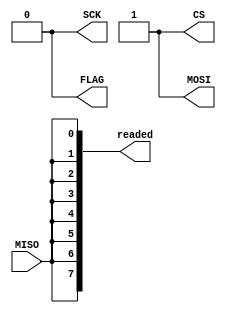
`timescale 1ns / 1ps
module spi_tb(
	output reg SCK,
	output reg CS,
	output reg MOSI,
	output reg FLAG,
	output reg [7:0]readed,
	input MISO
);


	localparam PERIOD = 3.2;		//312.5 MHz SoC
	localparam PERIOD_SPI = 50;		//20 MHz SPI SCK


	
//****** SEQUENCE OF STIMULUS ***********

	initial begin
	//**INITIAL VALUES***
			SCK=0;
			MOSI=1;
			CS=1;
			FLAG=0;
			readed=0;
	//*******************


			#(5*PERIOD);//Wait to be sure that amazilia its on reset state


	//************AMAZILIA PROGRAMING ZONE************
			//HOW TO USE IT
			//write_drac(address,data); //writes "data" over register asosiated with "address"
			//read_drac(address,output_register); // reads register asosiated with "address" and put the value in "output_register"


			//Example:
			write_drac(7'd14,8'd0); //FFRO PD TO 0
			write_drac(7'd25,8'd0); //HSS PD TO 0

			read_drac(7'd5,readed); //READ THE CRSCTLE

	//*************************************************
			#(PERIOD);// 1 cycle dalay
			FLAG=0;//this flag says amazilia programing step ends



	end


//************************************




//****** ATOMATED TASK ***********
	task write_drac;
	//abstract : this task generates stimulus to perform a write transaction
	//			 over the direct register access controller through spi
		input [6:0]addr;
		input [7:0]word;
		begin
			CS = 0;
			spi_send({1'b1,addr});
			spi_send(word);
			#(PERIOD_SPI/2);
			CS = 1;
			#(PERIOD_SPI/2);
		end
	endtask
	task read_drac;
	//abstract : this task generates stimulus to perform a read transaction
	//			 over the direct register access controller through spi
		input [6:0]addr;
		output [7:0]word;	
		begin
			CS = 0;
			spi_send({1'b0,addr});
			spi_read(word);
			#(PERIOD_SPI/2);
			CS = 1;
			#(PERIOD_SPI/2);
		end
	endtask

	task spi_send;
	//abstract : this task generates SPI MODE 0  standart 
	//			write transaction of 8 bits  using SCK and MOSI lines
		input [7:0] word;
		integer c;
		begin
		    for(c=0;c<=7;c=c+1) begin
				MOSI=word[7-c];
		        #(PERIOD_SPI/2);
				SCK=1;
		        #(PERIOD_SPI/2);
				SCK=0;
		    end
		end
	endtask

	task spi_read;
	//abstract : this task generates SCK clock and read MISO line
	//			 to get 8 bits of date all in  SPI MODE 0 standart
		output [7:0] word;
		integer c;
		begin
			for(c=0;c<=7;c=c+1) begin		    
				#(PERIOD_SPI/2);
				word[7-c]=MISO;	
				SCK=1;
				#(PERIOD_SPI/2);
				SCK=0;
								
			    
			end
			#(PERIOD_SPI/2);
		end
	endtask

	task burst_drac;
	//abstract : this task generates stimulus to perform a burst transaction
	//			 over the direct register access controller through spi
	//			changing all registers to 0
		integer i;
		begin
			#(PERIOD_SPI/2);
			CS = 0;
			spi_send(8'hFF);
			for(i=0;i<8'h15;i=i+1) begin
				spi_send(8'h0);
			end
			#(PERIOD_SPI/2);
			CS = 1;
			#(PERIOD_SPI/2);
		end
	endtask
//************************************
endmodule